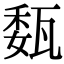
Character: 瓾